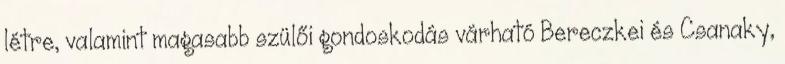
létre, valamint magasabb szülői gondoskodás várható Bereczkei és Csanaky,